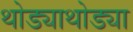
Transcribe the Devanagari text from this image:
थोड्याथोड्या